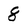
Character: 8